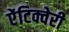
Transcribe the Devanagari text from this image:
ऐंटिक्वेरी